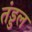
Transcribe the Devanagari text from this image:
तंड्डल